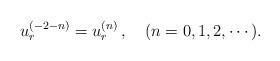
LaTeX: \begin{align*}u^{(-2-n)}_r = u^{(n)}_r\,, \quad(n=0,1,2,\cdots).\end{align*}